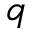
q